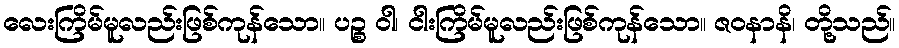
လေးကြိမ်မူလည်းဖြစ်ကုန်သော။ ပဉ္စ ဝါ၊ ငါးကြိမ်မူလည်းဖြစ်ကုန်သော။ ဇဝနာနိ၊ တို့သည်။